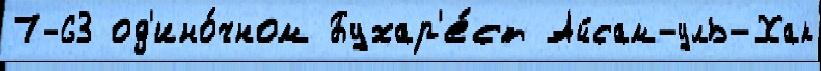
7-63 од'ино́чном Бухар'е́ст Айсам-уль-Хак